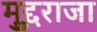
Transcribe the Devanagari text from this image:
मुद्दुराजा